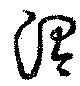
渭